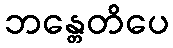
ဘန္တေတိပေ